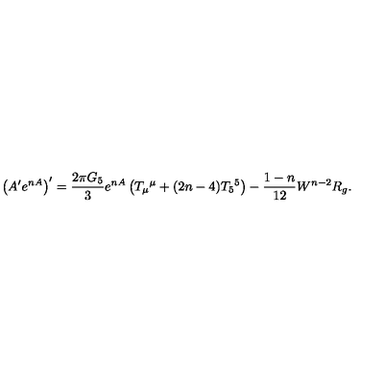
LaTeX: \left( A ^ { \prime } e ^ { n A } \right) ^ { \prime } = { \frac { 2 \pi G _ { 5 } } { 3 } } e ^ { n A } \left( T _ { \mu } { } ^ { \mu } + ( 2 n - 4 ) T _ { 5 } { } ^ { 5 } \right) - { \frac { 1 - n } { 1 2 } } W ^ { n - 2 } R _ { g } .